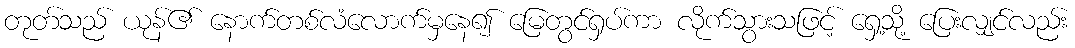
တုတ်သည် ယုန်၏ နောက်တစ်လံလောက်မှနေ၍ မြေတွင်ရှပ်ကာ လိုက်သွားသဖြင့် ရှေ့သို့ ပြေးလျှင်လည်း